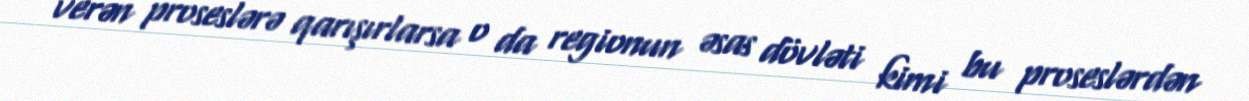
verən proseslərə qarışırlarsa o da regionun əsas dövləti kimi bu proseslərdən